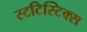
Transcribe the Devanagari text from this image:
स्टटिस्टिक्स